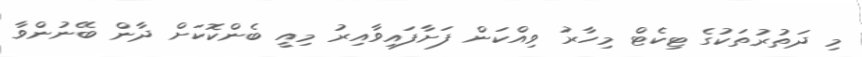
މި ދަތުރުތަކުގެ ޓިކެޓް މިހާރު ވިއްކަން ފަށާފައިވާއިރު މިއީ ބެންކޮކަށް ދާން ބޭނުންވާ